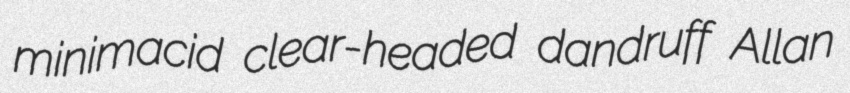
minimacid clear-headed dandruff Allan